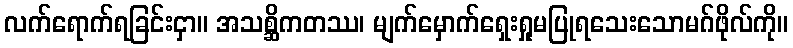
လက်ရောက်ရခြင်းငှာ။ အသစ္ဆိကတဿ၊ မျက်မှောက်ရှေးရှုမပြုရသေးသောမဂ်ဖိုလ်ကို။